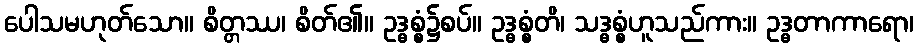
ပေါသမဟုတ်သော။ စိတ္တဿ၊ စိတ်၏။ ဥဒ္ဓစ္စံ၌စပ်။ ဥဒ္ဓစ္စံတိ၊ သဒ္ဓစ္စံဟူသည်ကား။ ဥဒ္ဓတာကာရော၊